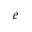
e